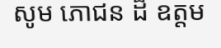
សូម ភោជន ដ៏ ឧត្តម